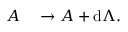
\begin{array} { r l } { A } & { { } \to A + \mathrm { d } \Lambda . } \end{array}